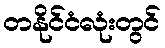
တနိုင်ငံလုံးတွင်